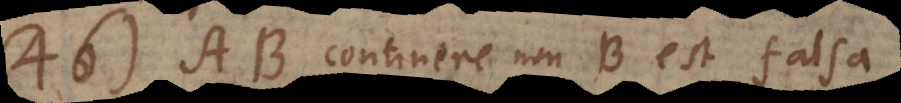
46) AB continere non‐B est falsa